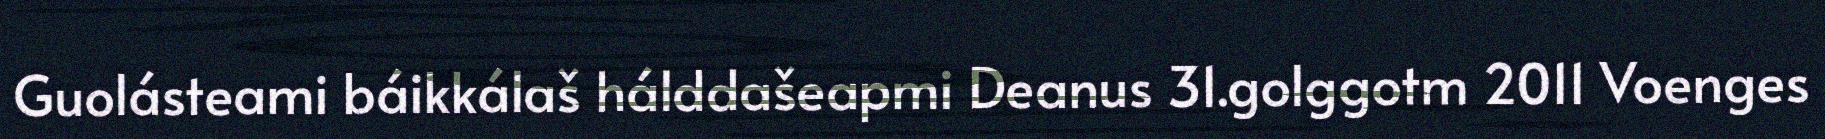
Guolásteami báikkálaš hálddašeapmi Deanus 31.golggotm 2011 Voenges